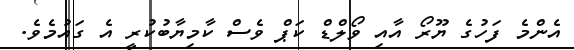
އެންމެ ފަހުގެ ޔޫރޯ އާއި ވޯލްޑް ކަޕް ވެސް ކާމިޔާބުކުރީ އެ ގައުމެވެ.